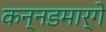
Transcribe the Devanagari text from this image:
कन्नडमार्गे